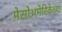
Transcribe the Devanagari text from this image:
मेसोअमेरिकेच्या